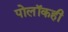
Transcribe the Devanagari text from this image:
पोलॉकही